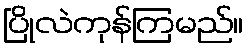
ပြိုလဲကုန်ကြမည်။